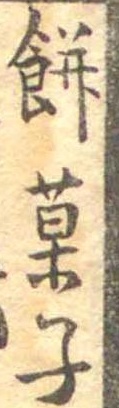
餅菓子